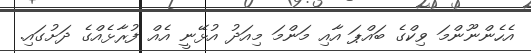
އެހެންނޫންމަ ވިކްގެ ބައްޕަ އާއި މަންމަ މިއަދު އުޅޭނީ އެއް ފުރާޅެއްގެ ދަށުގައި.